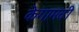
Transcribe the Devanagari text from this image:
केगामती